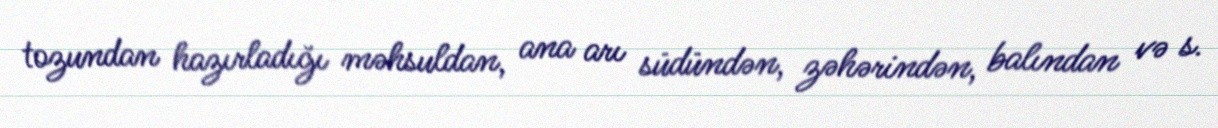
tozundan hazırladığı məhsuldan, ana arı südündən, zəhərindən, balından və s.